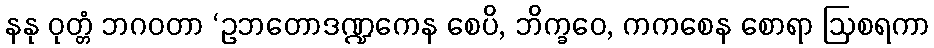
နနု ဝုတ္တံ ဘဂဝတာ ‘ဥဘတောဒဏ္ဍကေန စေပိ, ဘိက္ခဝေ, ကကစေန စောရာ ဩစရကာ